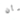
بأن